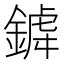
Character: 𨩞